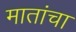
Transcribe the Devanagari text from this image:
मातांचा